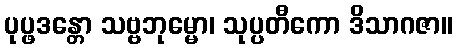
ပုပ္ဖဒန္တော သဗ္ဗဘုမ္မော၊ သုပ္ပတီကော ဒိသာဂဇာ။